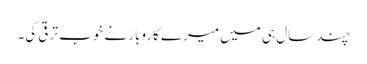
چند سال ہی میں میرے کاروبار نے خوب ترقی کی۔